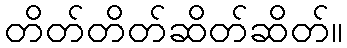
တိတ်တိတ်ဆိတ်ဆိတ်။